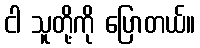
ငါ သူတို့ကို ပြောတယ်။